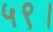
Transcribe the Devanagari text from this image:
५९।